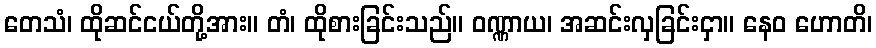
တေသံ၊ ထိုဆင်ငယ်တို့အား။ တံ၊ ထိုစားခြင်းသည်။ ဝဏ္ဏာယ၊ အဆင်းလှခြင်းငှာ။ နေဝ ဟောတိ၊